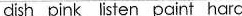
dish pink listen paint hard